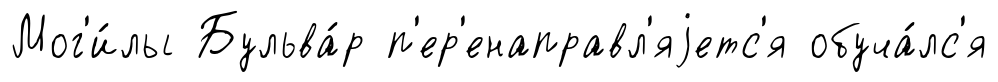
Мог'и́лы Бульва́р п'ер'енаправл'яjетс'я обуча́лс'я